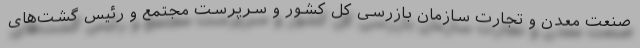
صنعت معدن و تجارت سازمان بازرسی کل کشور و سرپرست مجتمع و رئیس گشت‌های